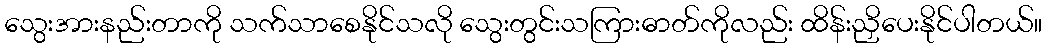
သွေးအားနည်းတာကို သက်သာစေနိုင်သလို သွေးတွင်းသကြားဓာတ်ကိုလည်း ထိန်းညှိပေးနိုင်ပါတယ်။